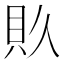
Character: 𮙯